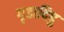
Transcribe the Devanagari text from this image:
गृहादिषु